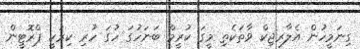
ގިނަމީހުން އެލާރޖިކް ވާތަކެތި މީގަ ކުރީމް ބަނަހުގަ ހުގަ ހުރި ކިރަކީ ޕްރޮޓީން